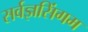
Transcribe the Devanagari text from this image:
सर्वज्ञसिंगम